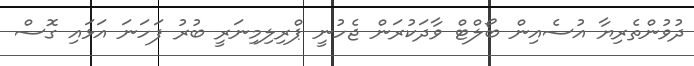
ދުވުންތެރިޔާ އުސެއިން ބޯލްޓް ވާދަކުރަން ޖެހުނީ ޕްރިލިމިނަރީ ބުރު ފަހަނަ އަޅައި ގޮސް